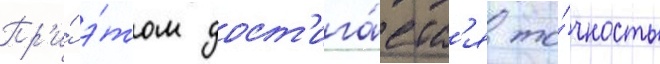
Пр'и́ э́том дост'ига́етс'я то́чность